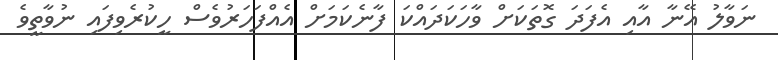
ނަވާލު އޭނާ އާއި އެފަދަ ގޮތަކަށް ވާހަކަދައްކަ ފާނެކަމަށް އެއްފަހަރުވެސް ހީކުރެވިފައި ނުވާތީވެ